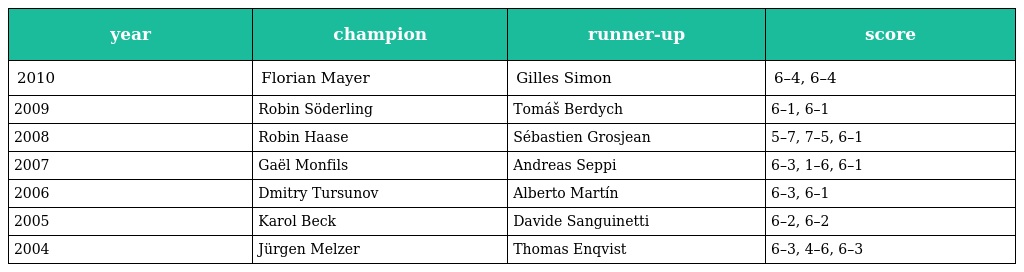
| year | champion | runner-up | score |
 | --- | --- | --- | --- |
 | 2010 | Florian Mayer | Gilles Simon | 6–4, 6–4 |
 | 2009 | Robin Söderling | Tomáš Berdych | 6–1, 6–1 |
 | 2008 | Robin Haase | Sébastien Grosjean | 5–7, 7–5, 6–1 |
 | 2007 | Gaël Monfils | Andreas Seppi | 6–3, 1–6, 6–1 |
 | 2006 | Dmitry Tursunov | Alberto Martín | 6–3, 6–1 |
 | 2005 | Karol Beck | Davide Sanguinetti | 6–2, 6–2 |
 | 2004 | Jürgen Melzer | Thomas Enqvist | 6–3, 4–6, 6–3 |